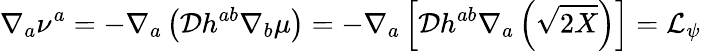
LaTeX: \nabla_{a}\nu^{a}=-\nabla_{a}\left(\mathcal{D}h^{ab}\nabla_{b}\mu\right)=-\nabla_{a}\left[\mathcal{D}h^{ab}\nabla_{a}\left(\sqrt{2X}\right)\right]=\mathcal{L}_{\psi}